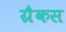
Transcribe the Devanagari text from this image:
ग्रैकस